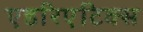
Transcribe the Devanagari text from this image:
एडरिएटिक्स